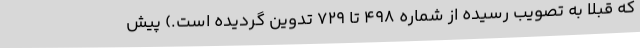
که قبلا به تصویب رسیده از شماره ۴۹۸ تا ۷۲۹ تدوین گردیده است.) پیش